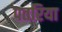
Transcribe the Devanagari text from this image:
पतरिया